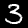
Label: 3